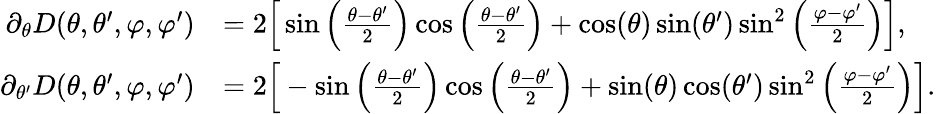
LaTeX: \begin{array}{rl}{\partial_{\theta}D(\theta,\theta^{\prime},\varphi,\varphi^{\prime})}&{=2\Big[\sin\left(\frac{\theta-\theta^{\prime}}{2}\right)\cos\left(\frac{\theta-\theta^{\prime}}{2}\right)+\cos(\theta)\sin(\theta^{\prime})\sin^{2}\left(\frac{\varphi-\varphi^{\prime}}{2}\right)\Big],}\\ {\partial_{\theta^{\prime}}D(\theta,\theta^{\prime},\varphi,\varphi^{\prime})}&{=2\Big[-\sin\left(\frac{\theta-\theta^{\prime}}{2}\right)\cos\left(\frac{\theta-\theta^{\prime}}{2}\right)+\sin(\theta)\cos(\theta^{\prime})\sin^{2}\left(\frac{\varphi-\varphi^{\prime}}{2}\right)\Big].}\end{array}